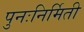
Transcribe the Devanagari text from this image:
पुनःनिर्मिती